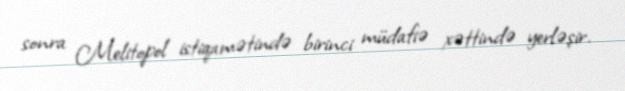
sonra Melitopol istiqamətində birinci müdafiə xəttində yerləşir.